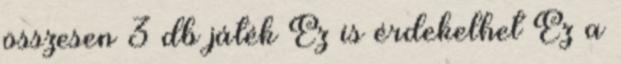
összesen 3 db játék Ez is érdekelhet Ez a